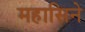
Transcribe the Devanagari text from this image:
महासिने